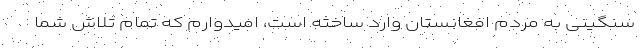
سنگینی به مردم افغانستان وارد ساخته است، امیدوارم که تمام تلاش شما